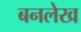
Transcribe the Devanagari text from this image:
बनलेख